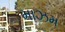
માઝમ